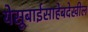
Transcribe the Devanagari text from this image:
येसूबाईसाहेबदेखील